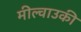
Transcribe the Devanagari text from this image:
मील्वाउकी